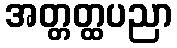
အတ္တတ္ထပညာ